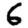
Digit: 6